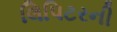
લિપિટરની